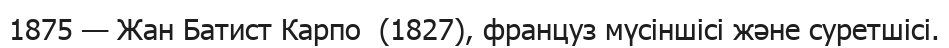
1875 — Жан Батист Карпо  (1827), француз мүсіншісі және суретшісі.